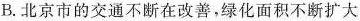
B. 北京市的交通不断在改善，绿化面积不断扩大